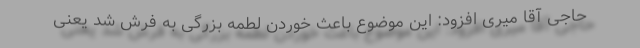
حاجی آقا میری افزود: این موضوع باعث خوردن لطمه بزرگی به فرش شد یعنی